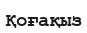
Қоғақыз